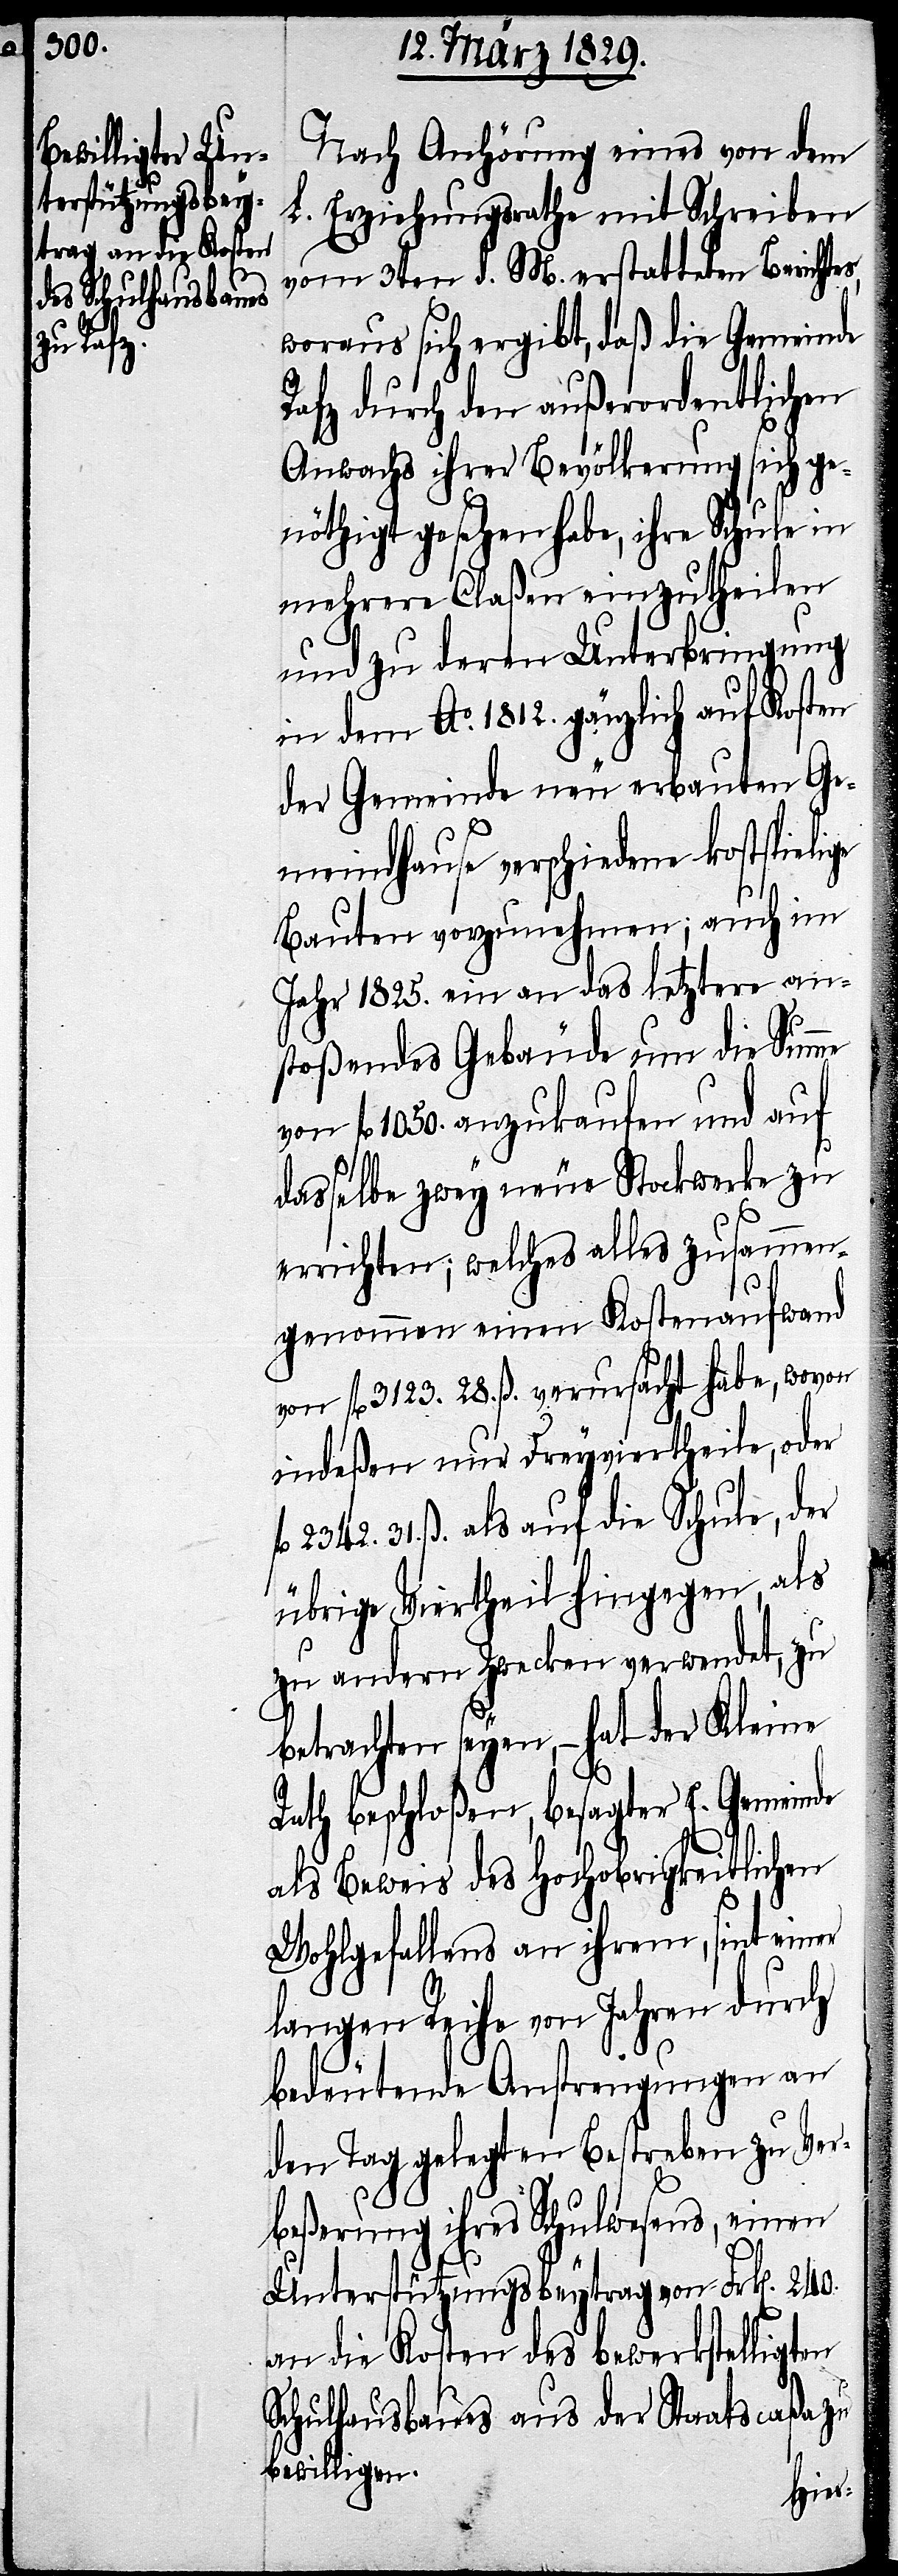
Nach Anhörung eines von dem
L. Erziehungsrathe mit Schreiben
vom 3ten d. M. erstatteten Berichtes,
woraus sich ergibt, daß die Gemeinde
Rafz durch den außerordentlichen
Anwachs ihrer Bevölkerung sich ge¬
nöthigt gesehen habe, ihre Schule in
mehrere Claßen einzutheilen
und zu deren Unterbringung
in dem Ao. 1812. gänzlich auf Kosten
der Gemeinde neu erbauten Ge¬
meindhause verschiedene kostspieli¬
Bauten vorzunehmen; auch im
Jahr 1825. ein an das letztere an¬
stoßendes Gebäude um die Summe
von fl. 1050. anzukaufen und auf
dasselbe zwey neue Stockwerke zu
errichten; welches alles zusammen¬
genommen einen Kostenaufwand
von fl. 3123. 28. ß. verursacht habe, wovon
indeßen nur Dreyviertheile, oder
l. 2342. 31. ß. als auf die Schule, der
übrige Viertheil hingegen, als
zu andern Zwecken verwendet, zu
betrachten seyen,– hat der Kleine
f¬
Rath beschloßen, besagter E. Gemeinde
als Beweis des Hochobrigkeitlichen
Wohlgefallens an ihrem, seit einer
langen Reihe von Jahren durch
ge
bedeutende Anstrengungen an
den Tag gelegten Bestreben zu Ver¬
beßerung ihres Schulwesens, einen
Unterstützungsbeytrag von Frk[en]. 240.
an die Kosten des bewerkstelligten
Schulhausbaues aus der Staatscaßa zu
bewilligen.